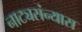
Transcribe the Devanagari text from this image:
नाट्यसंन्यास